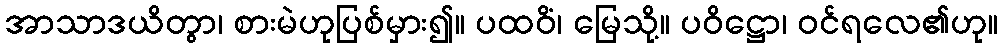
အာသာဒယိတွာ၊ စားမဲဟုပြစ်မှား၍။ ပထဝိံ၊ မြေသို့။ ပဝိဋ္ဌော၊ ဝင်ရလေ၏ဟု။